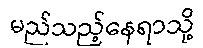
မည်သည့်နေရာသို့